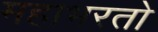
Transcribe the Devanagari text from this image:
महाभरतो